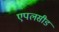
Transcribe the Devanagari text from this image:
एपलसीड